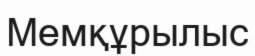
Мемқұрылыс